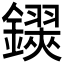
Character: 𨮅